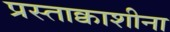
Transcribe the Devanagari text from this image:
प्रस्ताक्वाशीना